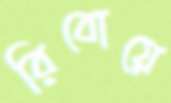
রিবোয়ে